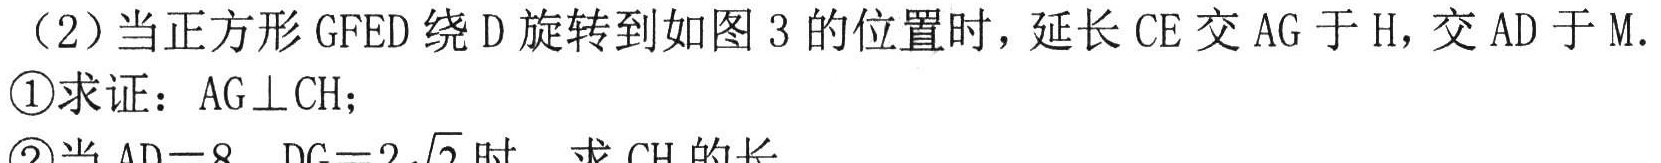
（2）当正方形GFED绕D旋转到如图3的位置时，延长CE交AG于H，交AD于M.
\textcircled{1}求证：\(AG\perp CH\)；
\textcircled{2}当\(AD = 8\)，\(DG=2\sqrt{2}\)时，求\(CH\)的长.